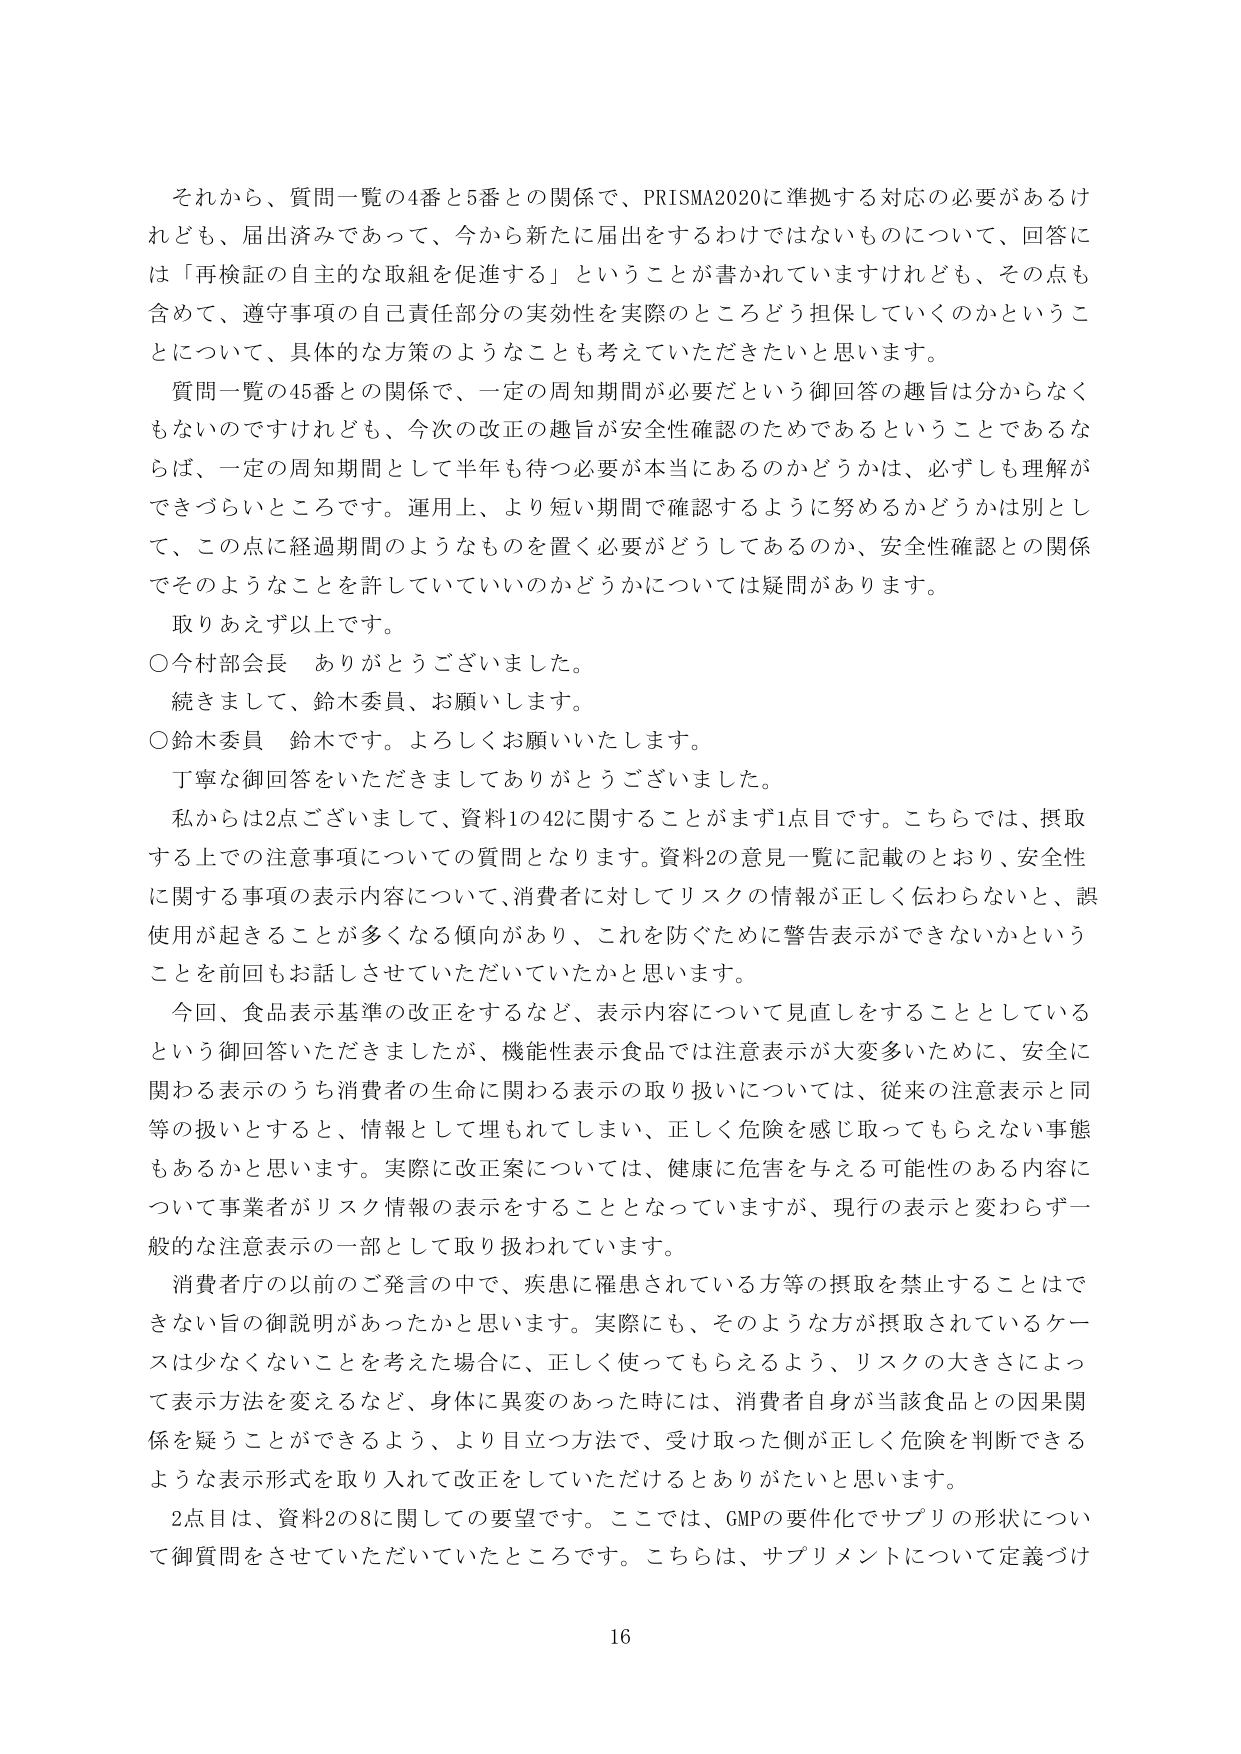
それから、質問一覧の4番と5番との関係で、PRISMA2020に準拠する対応の必要があるけれども、届出済みであって、今から新たに届出をするわけではないものについて、回答には「再検証の自主的な取組を促進する」ということが書かれていますけれども、その点も含めて、遵守事項の自己責任部分の実効性を実際のところどう担保していくのかということについて、具体的な方策のようなことも考えていただきたいと思います。

質問一覧の45番との関係で、一定の周知期間が必要だという御回答の趣旨は分からなくもないのですけれども、今次の改正の趣旨が安全性確認のためであるということであるならば、一定の周知期間として半年も待つ必要が本当にあるのかどうかは、必ずしも理解ができづらいところです。運用上、より短い期間で確認するように努めるかどうかは別として、この点に経過期間のようなものを置く必要がどうしてあるのか、安全性確認との関係でそのようなことを許していいのかどうかについては疑問があります。

取りあえず以上です。

○今村部会長　ありがとうございました。

続きまして、鈴木委員、お願いします。

○鈴木委員　鈴木です。よろしくお願いいたします。

丁寧な御回答をいただきましてありがとうございました。

私からは2点ございまして、資料1の42に関することがまず1点目です。こちらでは、摂取する上での注意事項についての質問となります。資料2の意見一覧に記載のとおり、安全性に関する事項の表示内容について、消費者に対してリスクの情報が正しく伝わらないと、誤使用が起きることが多くなる傾向があり、これを防ぐために警告表示ができないかということを前回もお話しさせていただいていたかと思います。

今回、食品表示基準の改正をするなど、表示内容について見直しをすることとしているという御回答いただきましたが、機能性表示食品では注意表示が大変多いために、安全に関する表示のうち消費者の生命に関わる表示の取り扱いについては、従来の注意表示と同等の扱いとすると、情報として埋もれてしまい、正しく危険を感じ取ってもらえない事態もあるかと思います。実際に改正案については、健康に危害を与える可能性のある内容について事業者がリスク情報の表示をすることとなっていますが、現行の表示と変わらず一般的な注意表示の一部として取り扱われています。

消費者庁の以前のご発言の中で、疾患に罹患されている方等の摂取を禁止することはできない旨の御説明があったかと思います。実際にも、そのような方が摂取されているケースは少なくないことを考えた場合に、正しく使ってもらえるよう、リスクの大きさによって表示方法を変えるなど、身体に異変のあった時には、消費者自身が当該食品との因果関係を疑うことができるよう、より目立つ方法で、受け取った側が正しく危険を判断できるような表示形式を取り入れて改正をしていただけるとありがたいと思います。

2点目は、資料2の8に関しての要望です。ここでは、GMPの要件化でサプリの形状について御質問をさせていただいていたところです。こちらは、サプリメントについて定義づけ

16